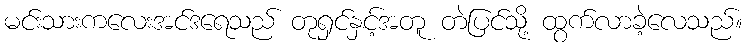
မင်းသားကလေးအင်ဒရေသည် တုရှင်နှင့်အတူ တဲပြင်သို့ ထွက်လာခဲ့လေသည်။